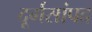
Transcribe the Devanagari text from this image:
दूर्गसांपद